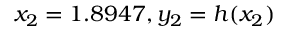
x _ { 2 } = 1 . 8 9 4 7 , y _ { 2 } = h ( x _ { 2 } )